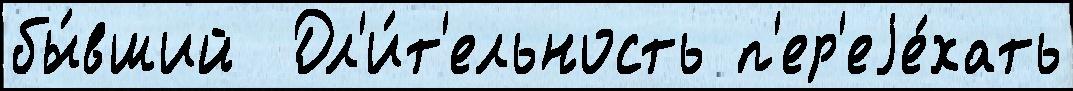
бы́вший  Дл'и́т'ельность п'ер'еjе́хать